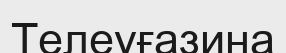
Телеуғазина